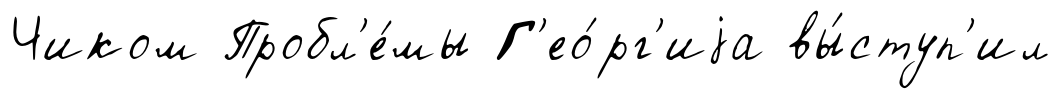
Чиком Пробл'е́мы Г'ео́рг'иjа вы́ступ'ил